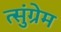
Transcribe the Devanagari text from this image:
त्सुंग्रेम